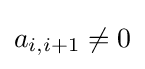
a_{i,i+1}\neq 0